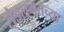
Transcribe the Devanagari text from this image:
रोडलगतच्या